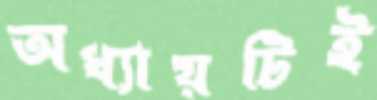
অধ্যায়টিই